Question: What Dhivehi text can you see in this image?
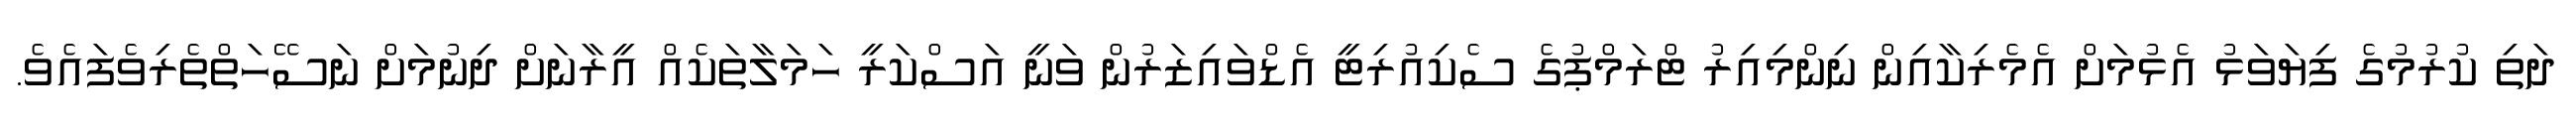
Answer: ދަތި ކުރުމުގެ ފިޔަވަޅު އެޅުމަށް އެމެރިކާއިން ނިންމިއިރު ޓްރަމްޕުގެ ސެކިއުރިޓީ އެޑްވައިޒަރުން ވަނީ އަސްކަރީ ހަމަލާތަކެއް އީރާނަށް ދިނުމަށް ނަސޭހަތްތެރިވެފައެވެ.